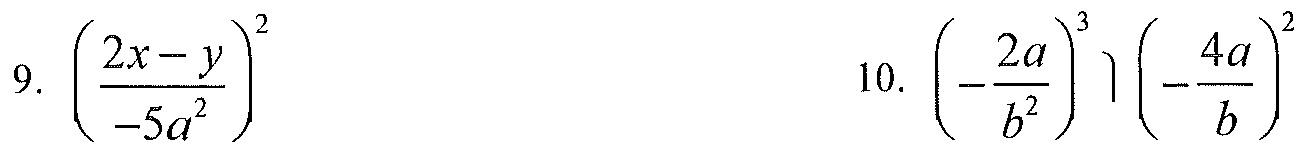
9. $\left(\dfrac{2x - y}{-5a^{2}}\right)^{2}$
10. $\left(-\dfrac{2a}{b^{2}}\right)^{3}\left(-\dfrac{4a}{b}\right)^{2}$